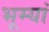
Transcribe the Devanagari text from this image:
भूम्यां